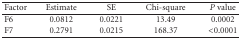
| Factor | Estimate | SE | Chi-square | P value |
 | --- | --- | --- | --- | --- |
 | F6 | 0.0812 | 0.0221 | 13.49 | 0.0002 |
 | F7 | 0.2791 | 0.0215 | 168.37 | <0.0001 |